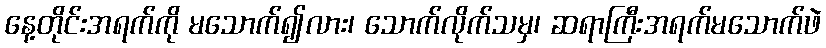
နေ့တိုင်းအရက်ကို မသောက်၍လား၊ သောက်လိုက်သမှ၊ ဆရာကြီးအရက်မသောက်ဖဲ